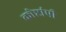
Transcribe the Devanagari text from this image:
कोष्टांपी